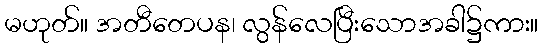
မဟုတ်။ အတီတေပန၊ လွန်လေပြီးသောအခါ၌ကား။